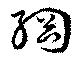
網